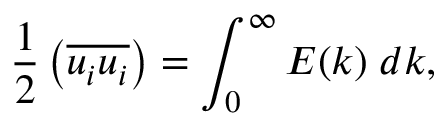
{ \frac { 1 } { 2 } } \left( { \overline { { u _ { i } u _ { i } } } } \right) = \int _ { 0 } ^ { \infty } E ( k ) \; d k ,